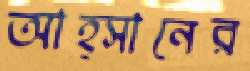
আহ্সানের